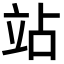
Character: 站